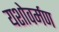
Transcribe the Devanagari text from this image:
यशोवर्मण